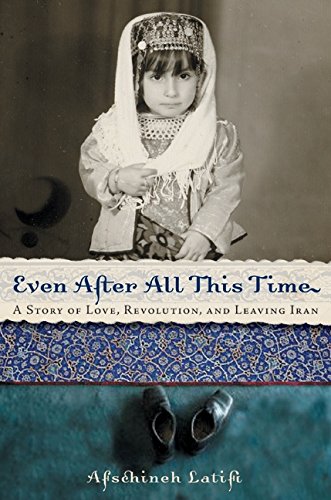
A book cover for Even After All This Time: A Story of Love, Revolution, and Leaving Iran; Afschineh Latifi; Law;